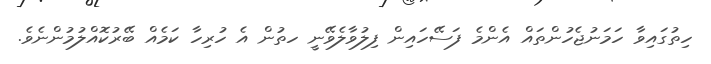
ހިތުގައިވާ ހަމަނުޖެހުންތައް އެންމެ ފަސޭހައިން ފިލުވާލެވޭނީ ހތުން އެ ހުރިހާ ކަމެއް ބޭރުކޮއްލުމުންނެވެ.